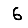
Digit: 6